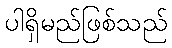
ပါရှိမည်ဖြစ်သည်